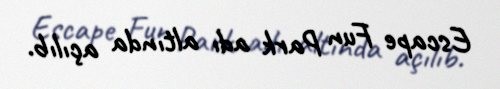
Escape Fun Park adı altında açılıb.